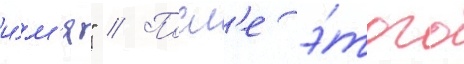
и́м'я" // Посл'е э́того